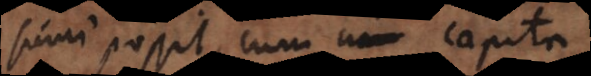
sumi possit, cum capita